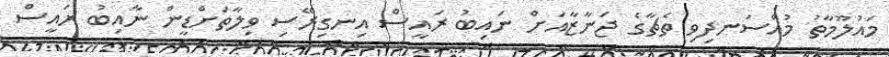
މައުލޫމާތު މުއްސަނދިވި ތެޗާގެ ޖަނާޒާއަށް ނައިބު ރައީސް އިނގިރޭސި ވިލާތަށްޑީން ނާއިބު ރައީސް